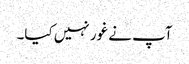
آپ نے غور نہیں کیا۔